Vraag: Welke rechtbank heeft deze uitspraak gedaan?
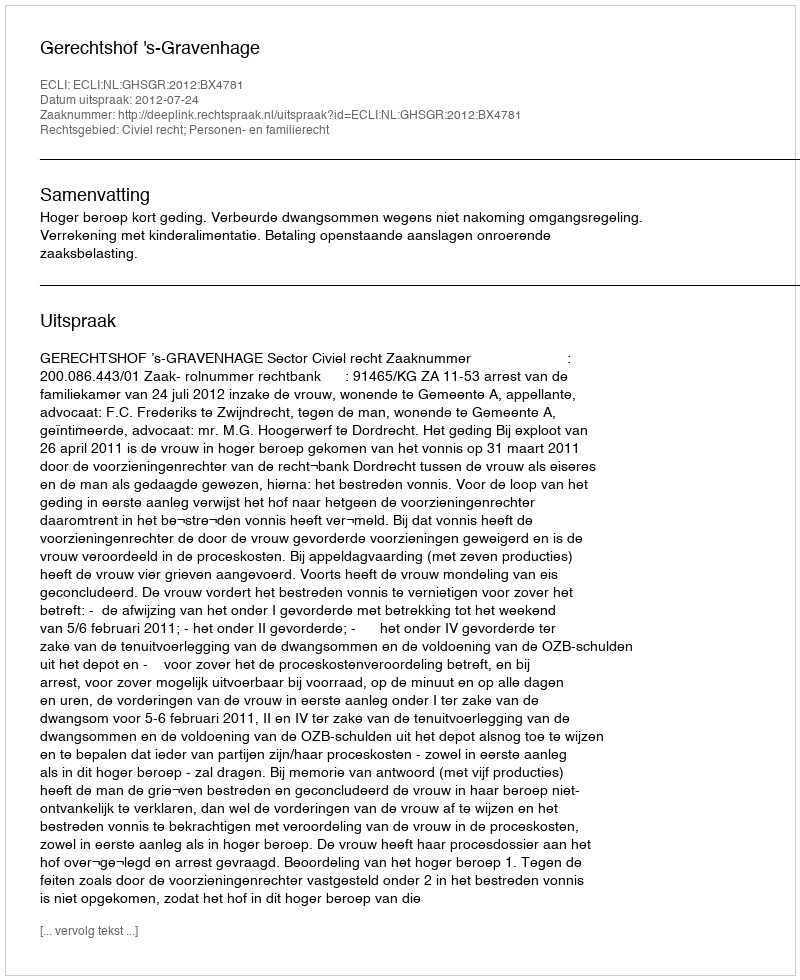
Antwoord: Gerechtshof 's-Gravenhage